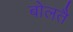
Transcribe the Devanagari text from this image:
बोलतै